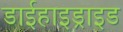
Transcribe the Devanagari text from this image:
डाईहाइड्राइड